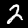
Digit: 2